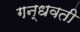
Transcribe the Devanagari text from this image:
गन्धवती